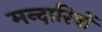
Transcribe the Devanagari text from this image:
मन्दारिनों